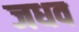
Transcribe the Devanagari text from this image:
जधव